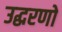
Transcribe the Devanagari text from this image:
उद्धरणो